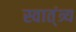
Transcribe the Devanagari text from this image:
स्वात्ंत्र्य